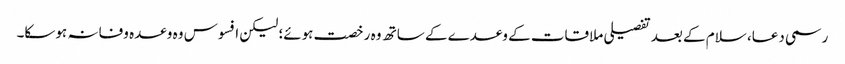
رسمی دعا، سلام کے بعد تفصیلی ملاقات کے وعدے کے ساتھ وہ رخصت ہوئے؛ لیکن افسوس وہ وعدہ وفا نہ ہوسکا۔